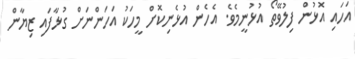
އަހައި އޮޅުން ފިލުވޭތޯ އުޅުނީމެވެ. އެހެން އުޅެނިކޮށް މީހަކު އަހަންނަށް ގުޅާފައި ޒިޔާން